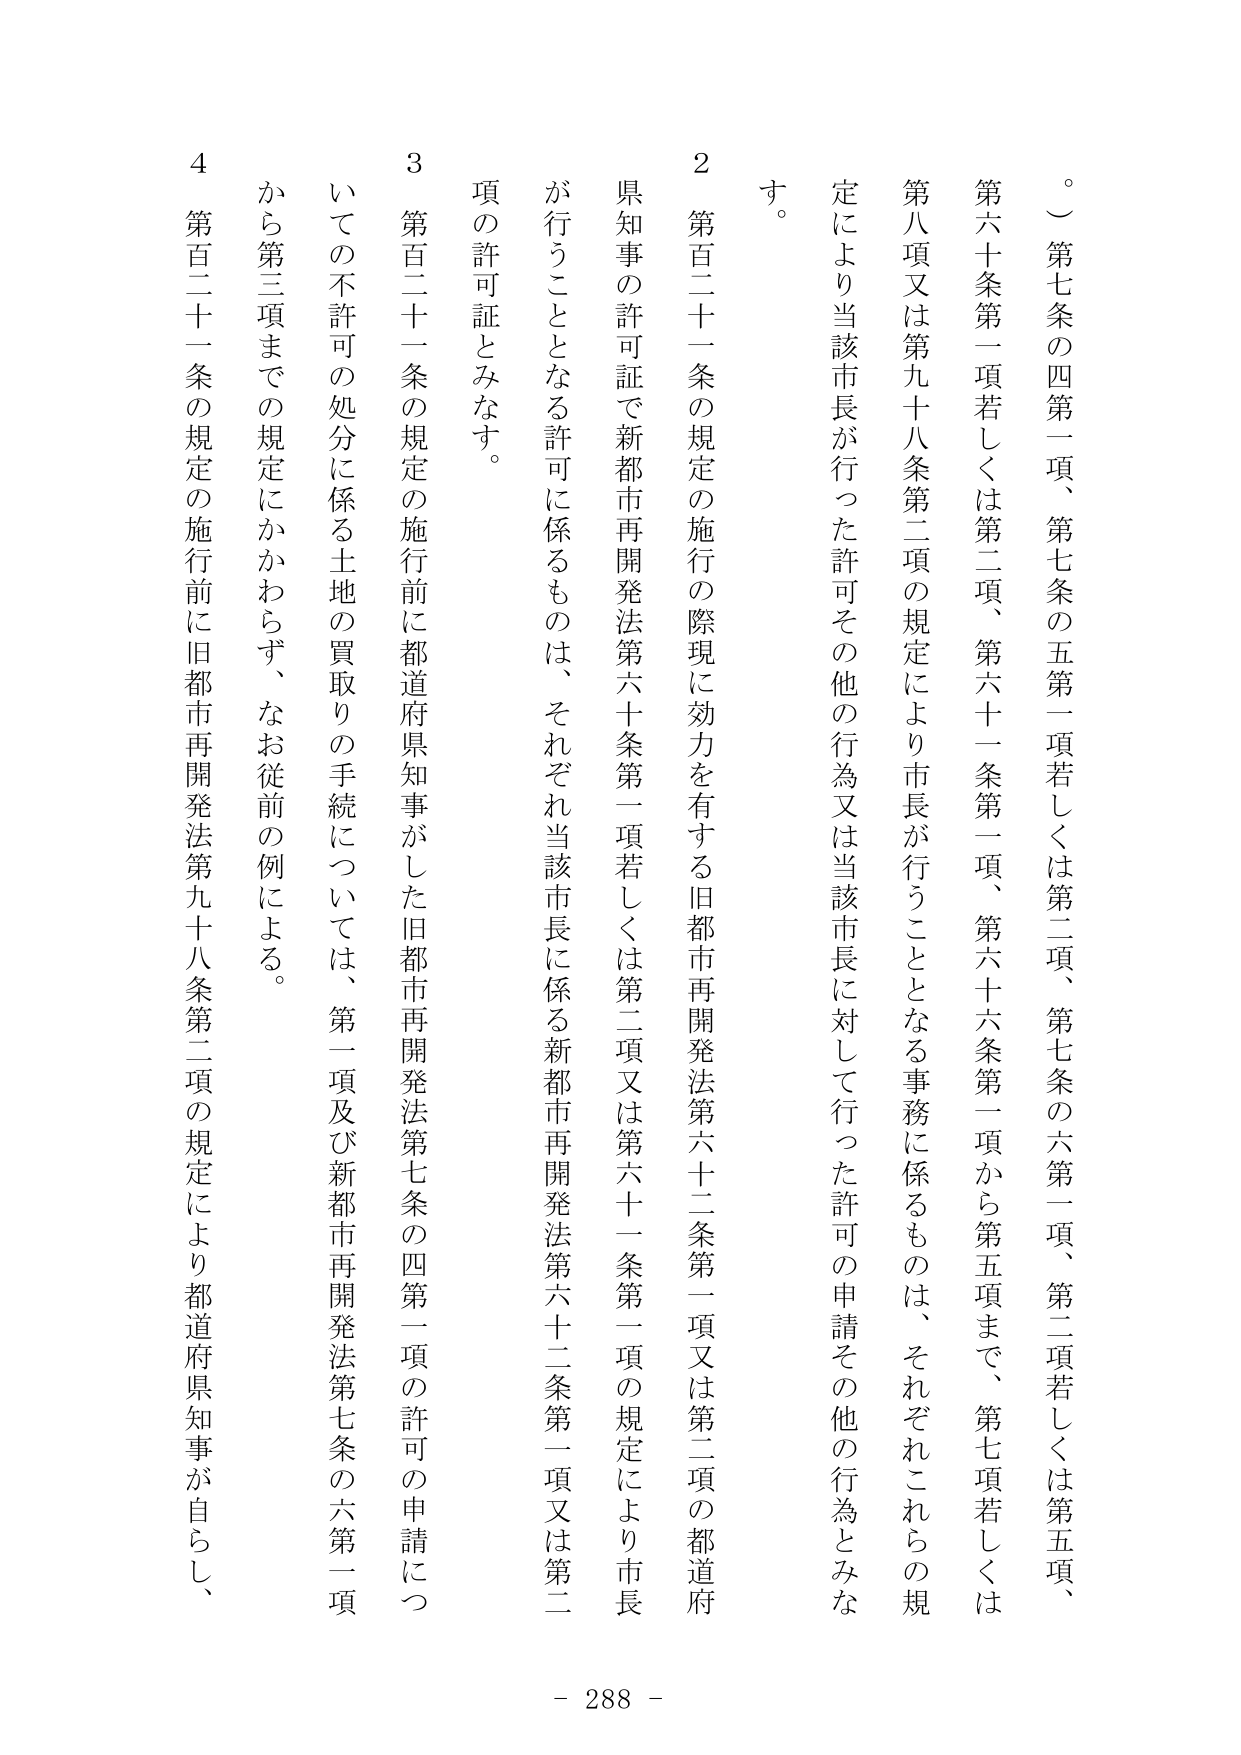
。第七条の四第一項、第七条の五第一項若しくは第二項、第七条の六第一項、第二項若しくは第五項、第六十条第一項若しくは第二項、第六十一条第一項、第六十六条第一項から第五項まで、第七項若しくは第八項又は第九十八条第二項の規定により市長が行うこととなる事務に係るものは、それぞれこれらの規定により当該市長が行った許可その他の行為又は当該市長に対して行った許可の申請その他の行為とみなす。

２ 第百二十一条の規定の施行の際現に効力を有する旧都市再開発法第六十二条第一項又は第二項の都道府県知事の許可証で新都市再開発法第六十条第一項若しくは第二項又は第六十一条第一項の規定により市長が行うこととなる許可に係るものは、それぞれ当該市長に係る新都市再開発法第六十二条第一項又は第二項の許可証とみなす。

３ 第百二十一条の規定の施行前に都道府県知事がした旧都市再開発法第七条の四第一項の許可の申請についての不許可の処分に係る土地の買取りの手続については、第一項及び新都市再開発法第七条の六第一項から第三項までの規定にかかわらず、なお従前の例による。

４ 第百二十一条の規定の施行前に旧都市再開発法第九十八条第二項の規定により都道府県知事が自らし、
- 288 -